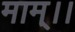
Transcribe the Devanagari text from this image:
माम्।।